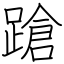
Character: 蹌